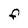
Character: F